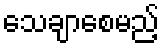
သေချာစေမည့်